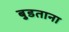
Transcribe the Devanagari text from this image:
बुडताना